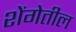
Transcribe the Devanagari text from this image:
शेंगेतील